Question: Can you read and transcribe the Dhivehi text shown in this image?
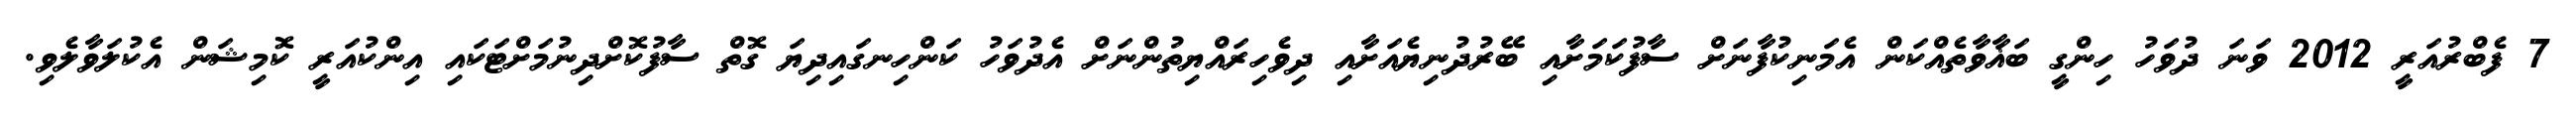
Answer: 7 ފެބްރުއަރީ 2012 ވަނަ ދުވަހު ހިންގީ ބަޣާވާތެއްކަން އެމަނިކުފާނަށް ސާފުކަމަށާއި ބޭރުދުނިޔެއަށާއި ދިވެހިރައްޔިތުންނަށް އެދުވަހު ކަންހިނގައިދިޔަ ގޮތް ސާފުކޮށްދިނުމަށްޓަކައި އިންކުއަރީ ކޮމިޝަން އެކުލަވާލެވި.